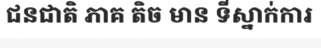
ជនជាតិ ភាគ តិច មាន ទីស្នាក់ការ